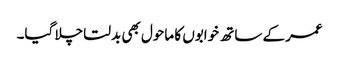
عمر کے ساتھ خوابوں کا ماحول بھی بدلتا چلا گیا۔